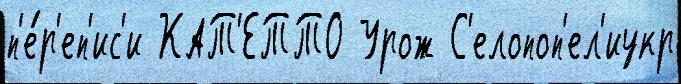
п'е́р'еп'ис'и КАТ'ЕТТО Урож С'елопоп'ел'иукр